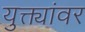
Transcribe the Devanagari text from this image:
युक्त्यांवर